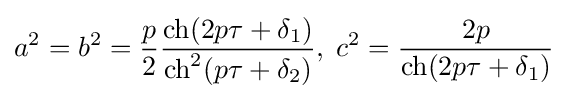
a^{2}=b^{2}={\frac {p}{2}}{\frac {\mathrm {ch} (2p\tau +\delta _{1})}{\mathrm {ch} ^{2}(p\tau +\delta _{2})}},\;c^{2}={\frac {2p}{\mathrm {ch} (2p\tau +\delta _{1})}}